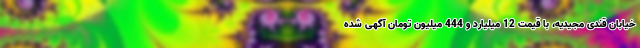
خیابان قندی مجیدیه، با قیمت 12 میلیارد و 444 میلیون تومان آگهی شده